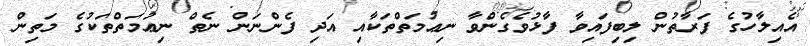
އެއިލާހުގެ ފަރާތުން ލިބިފައިވާ ފާޅުވެގެންވާ ނިޢުމަތްތަކާއި އަދި ފެންނަން ނެތް ނިޢުމަތްތަކުގެ މަތިން